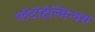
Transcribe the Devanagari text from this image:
प्लेटीहेल्मिन्थस